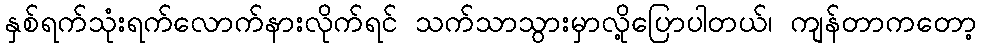
နှစ်ရက်သုံးရက်လောက်နားလိုက်ရင် သက်သာသွားမှာလို့ပြောပါတယ်၊ ကျန်တာကတော့